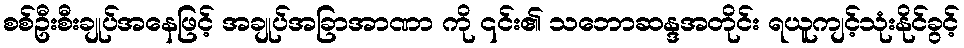
စစ်ဦးစီးချုပ်အနေဖြင့် အချုပ်အခြာအာဏာ ကို ၎င်း၏ သဘောဆန္ဒအတိုင်း ရယူကျင့်သုံးနိုင်ခွင့်